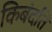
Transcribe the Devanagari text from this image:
किबंदति